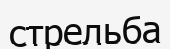
стрельба